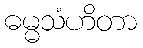
ဓမ္မသံဟိတာ